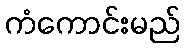
ကံကောင်းမည်